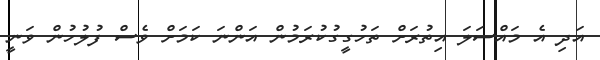
އަދި އެ މައްސަލަ އިތުރަށް ތަހުގީގުކުރަމުން އަންނަ ކަމަށް ވެސް ފުލުހުން ވަނީ